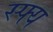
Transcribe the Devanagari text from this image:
स्फ्य